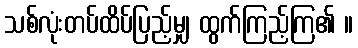
သစ်လုံးတပ်ထိပ်ပြည့်မျှ ထွက်ကြည့်ကြ၏ ။